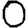
Digit: 0